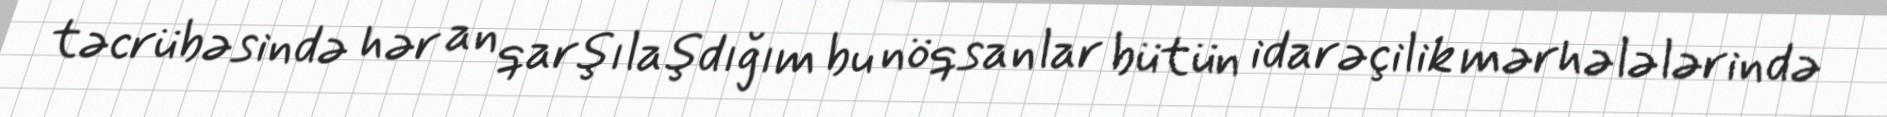
təcrübəsində hər an qarşılaşdığım bu nöqsanlar bütün idarəçilik mərhələlərində